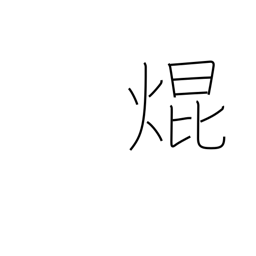
Meaning: shine